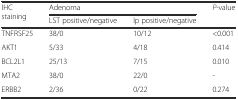
<table><thead><tr><td rowspan="2"><b>IHC staining</b></td><td colspan="2"><b>Adenoma</b></td><td rowspan="2"><b><i>P</i>-value</b></td></tr><tr><td><b>LST positive/negative</b></td><td><b>Ip positive/negative</b></td></tr></thead><tbody><tr><td>TNFRSF25</td><td>38/0</td><td>10/12</td><td>&lt;0.001</td></tr><tr><td>AKT1</td><td>5/33</td><td>4/18</td><td>0.414</td></tr><tr><td>BCL2L1</td><td>25/13</td><td>7/15</td><td>0.010</td></tr><tr><td>MTA2</td><td>38/0</td><td>22/0</td><td>-</td></tr><tr><td>ERBB2</td><td>2/36</td><td>0/22</td><td>0.274</td></tr></tbody></table>